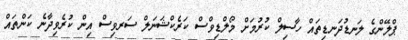
ޕްލޭންގެ ލަނޑުދަނޑިތައް ހާސިލް ކުރުމަށް މޯލްޑިވްސް ކަރެކްޝަނަލް ސަރވިސް އިން ކުރެވިދާނެ ކަންތައް